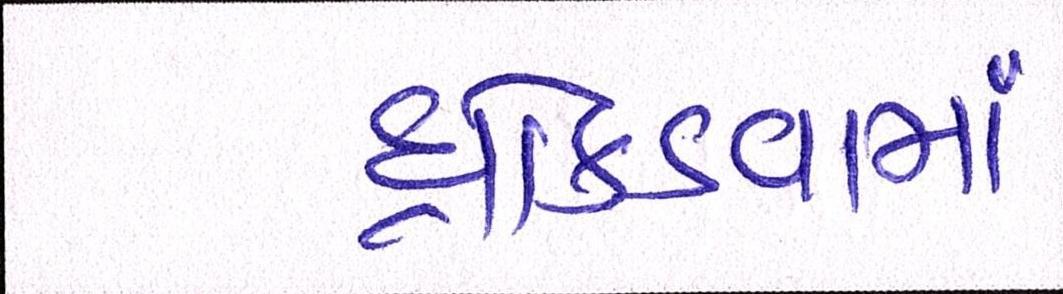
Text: ધ્રોકડવામાં